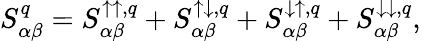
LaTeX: S_{\alpha\beta}^{q}=S_{\alpha\beta}^{\uparrow\uparrow,q}+S_{\alpha\beta}^{\uparrow\downarrow,q}+S_{\alpha\beta}^{\downarrow\uparrow,q}+S_{\alpha\beta}^{\downarrow\downarrow,q},